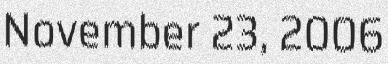
November 23, 2006